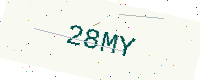
Text: 28MY